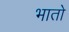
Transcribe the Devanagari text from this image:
भातो